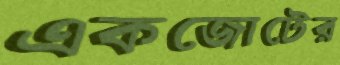
একজোটের